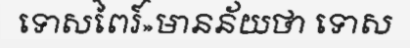
ទោសពៃរ៍»មានន័យថា ទោស